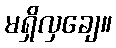
မရှိလှချေ။